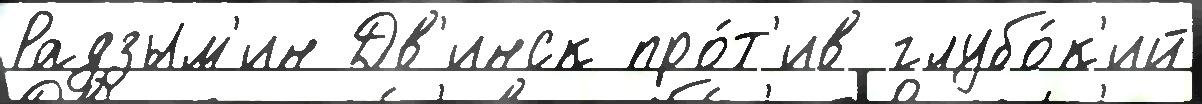
Радзым'ин Дв'инск про́т'ив глубо́к'ий